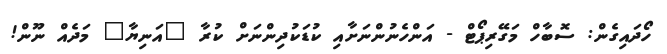
ހޯދައިގެން: ސޮބާހް މަގޭރިޕޯޓް - އަންހެނުންނަށާއި ކުޑަކުދިންނަށް ކުރާ "އަނިޔާ" މަދެއް ނޫން!